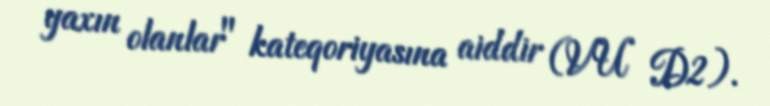
yaxın olanlar" kateqoriyasına aiddir (VU D2).